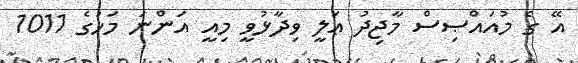
އޭ ގެ މުއައްޞިސް މާޖިދު ޢަލީ ވިދާޅުވީ މިއީ އަންނަ މަހުގެ 1011